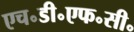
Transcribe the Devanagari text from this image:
एच॰डी॰एफ॰सी॰